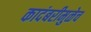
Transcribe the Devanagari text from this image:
कादंबरीमुळेच